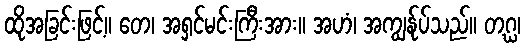
ထိုအခြင်းဖြင့်။ တေ၊ အရှင်မင်းကြီးအား။ အဟံ၊ အကျွန်ုပ်သည်။ တဂ္ဃ၊